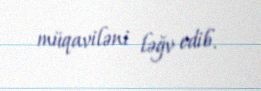
müqaviləni ləğv edib.